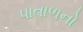
પાતાળનો